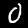
Label: 0